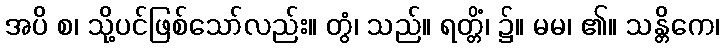
အပိ စ၊ သို့ပင်ဖြစ်သော်လည်း။ တွံ၊ သည်။ ရတ္တိံ၊ ၌။ မမ၊ ၏။ သန္တိကေ၊